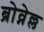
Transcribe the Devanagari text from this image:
ब्रोव्नेल्ल